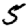
Digit: 5